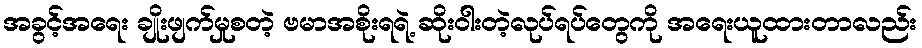
အခွင့်အရေး ချိုးဖျက်မှုစတဲ့ ဗမာအစိုးရရဲ့ ဆိုးဝါးတဲ့လုပ်ရပ်တွေကို အရေးယူထားတာလည်း